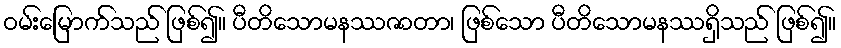
ဝမ်းမြောက်သည် ဖြစ်၍။ ပီတိသောမနဿဇာတာ၊ ဖြစ်သော ပီတိသောမနဿရှိသည် ဖြစ်၍။